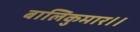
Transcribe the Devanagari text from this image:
बालिकुमार।।